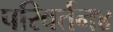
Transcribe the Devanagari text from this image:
परिवर्तन४